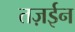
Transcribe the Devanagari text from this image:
तज़ईन